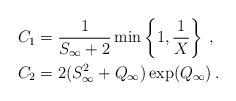
LaTeX: \begin{align*}C_1 & = \frac{1}{S_\infty + 2} \min\left\{ 1, \frac{1}{X} \right\} \: , \\C_2 & = 2(S_\infty^2 + Q_\infty)\exp(Q_\infty) \: .\end{align*}